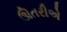
ઊતરીએ